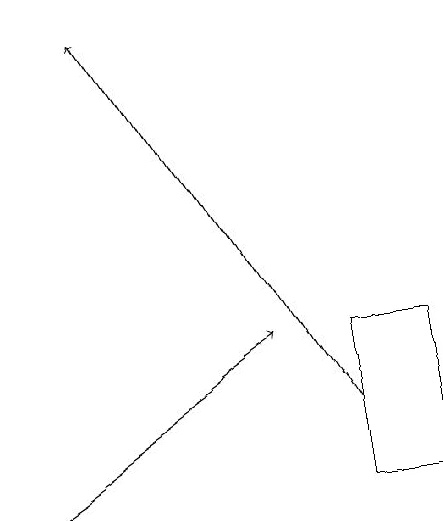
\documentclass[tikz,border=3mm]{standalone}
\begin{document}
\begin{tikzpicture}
\draw (4,13) rectangle (5,11);
\draw[->] (4,12) -- (1,17);
\draw[->] (0,11) -- (3,13);
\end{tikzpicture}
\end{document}